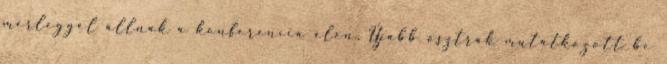
mérleggel állnak a konferencia élén. Újabb osztrák mutatkozott be